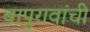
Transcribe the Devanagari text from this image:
बापुरावांची